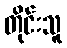
တိုင်းသူ